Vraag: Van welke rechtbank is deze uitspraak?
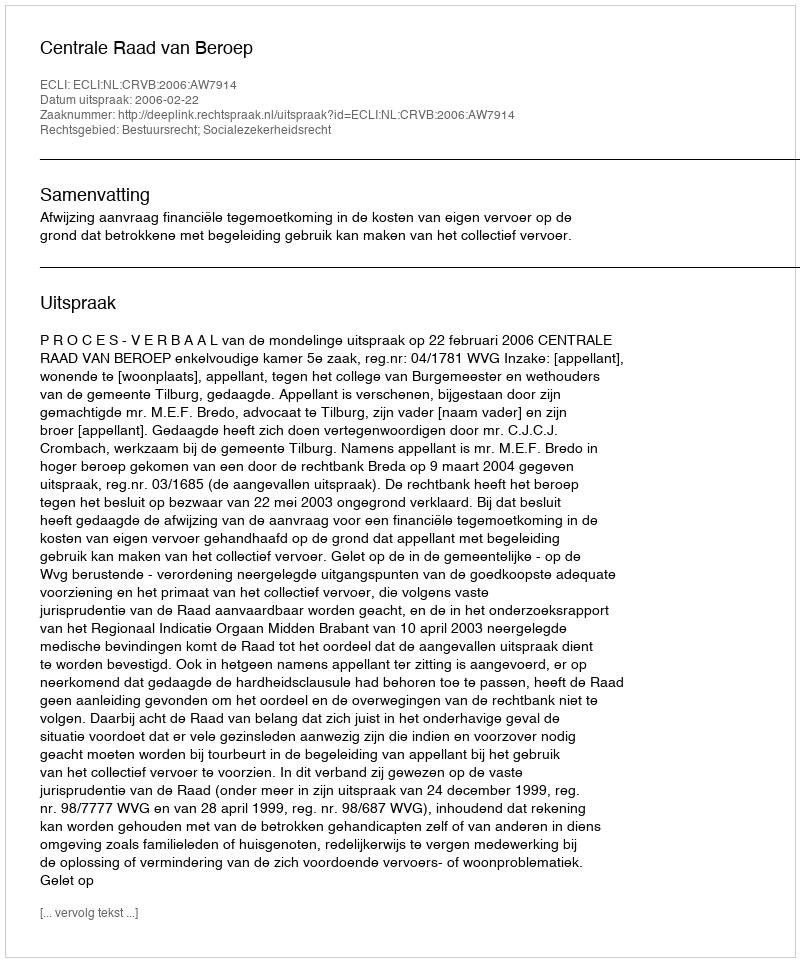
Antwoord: Centrale Raad van Beroep